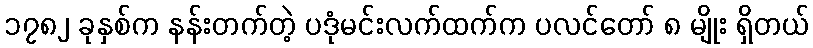
၁၇၈၂ ခုနှစ်က နန်းတက်တဲ့ ပဒုံမင်းလက်ထက်က ပလင်တော် ၈ မျိုး ရှိတယ်